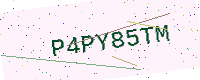
Text: P4PY85TM